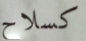
كسلاح